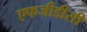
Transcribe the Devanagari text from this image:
एफजीडीसी